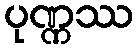
ပုဏ္ဏဿ